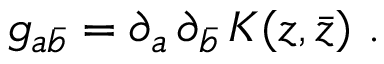
g _ { a \bar { b } } = \partial _ { a } \, \partial _ { \bar { b } } \, K ( z , \bar { z } ) \ .